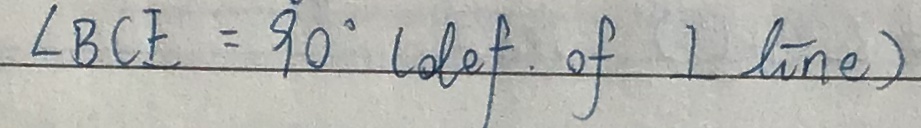
\angle B C E = 9 0 ^ { \circ } ( o t e f \cdot o f I t i n e )